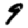
Digit: 9